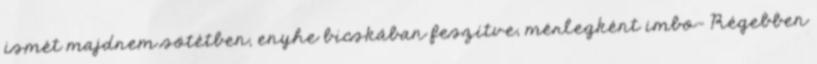
ismét majdnem sötétben, enyhe bicskában feszítve, mérlegként imbo- Régebben